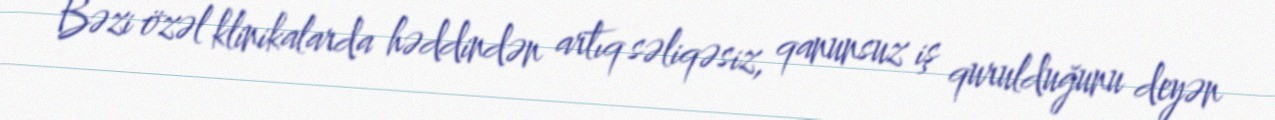
Bəzi özəl klinikalarda həddindən artıq səliqəsiz, qanunsuz iş qurulduğunu deyən